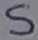
Text: S